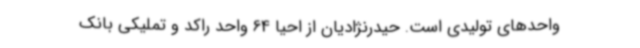
واحدهای تولیدی است. حیدرنژادیان از احیا 64 واحد راکد و تملیکی بانک